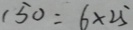
1 5 0 = 6 \times 2 5